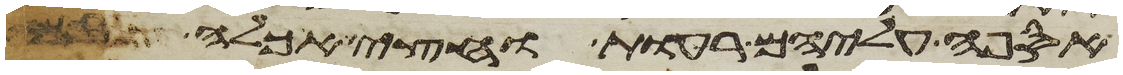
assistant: אספה עליהם רעות וחצי אכלה בם